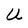
Character: U